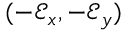
( - \mathcal { E } _ { x } , - \mathcal { E } _ { y } )